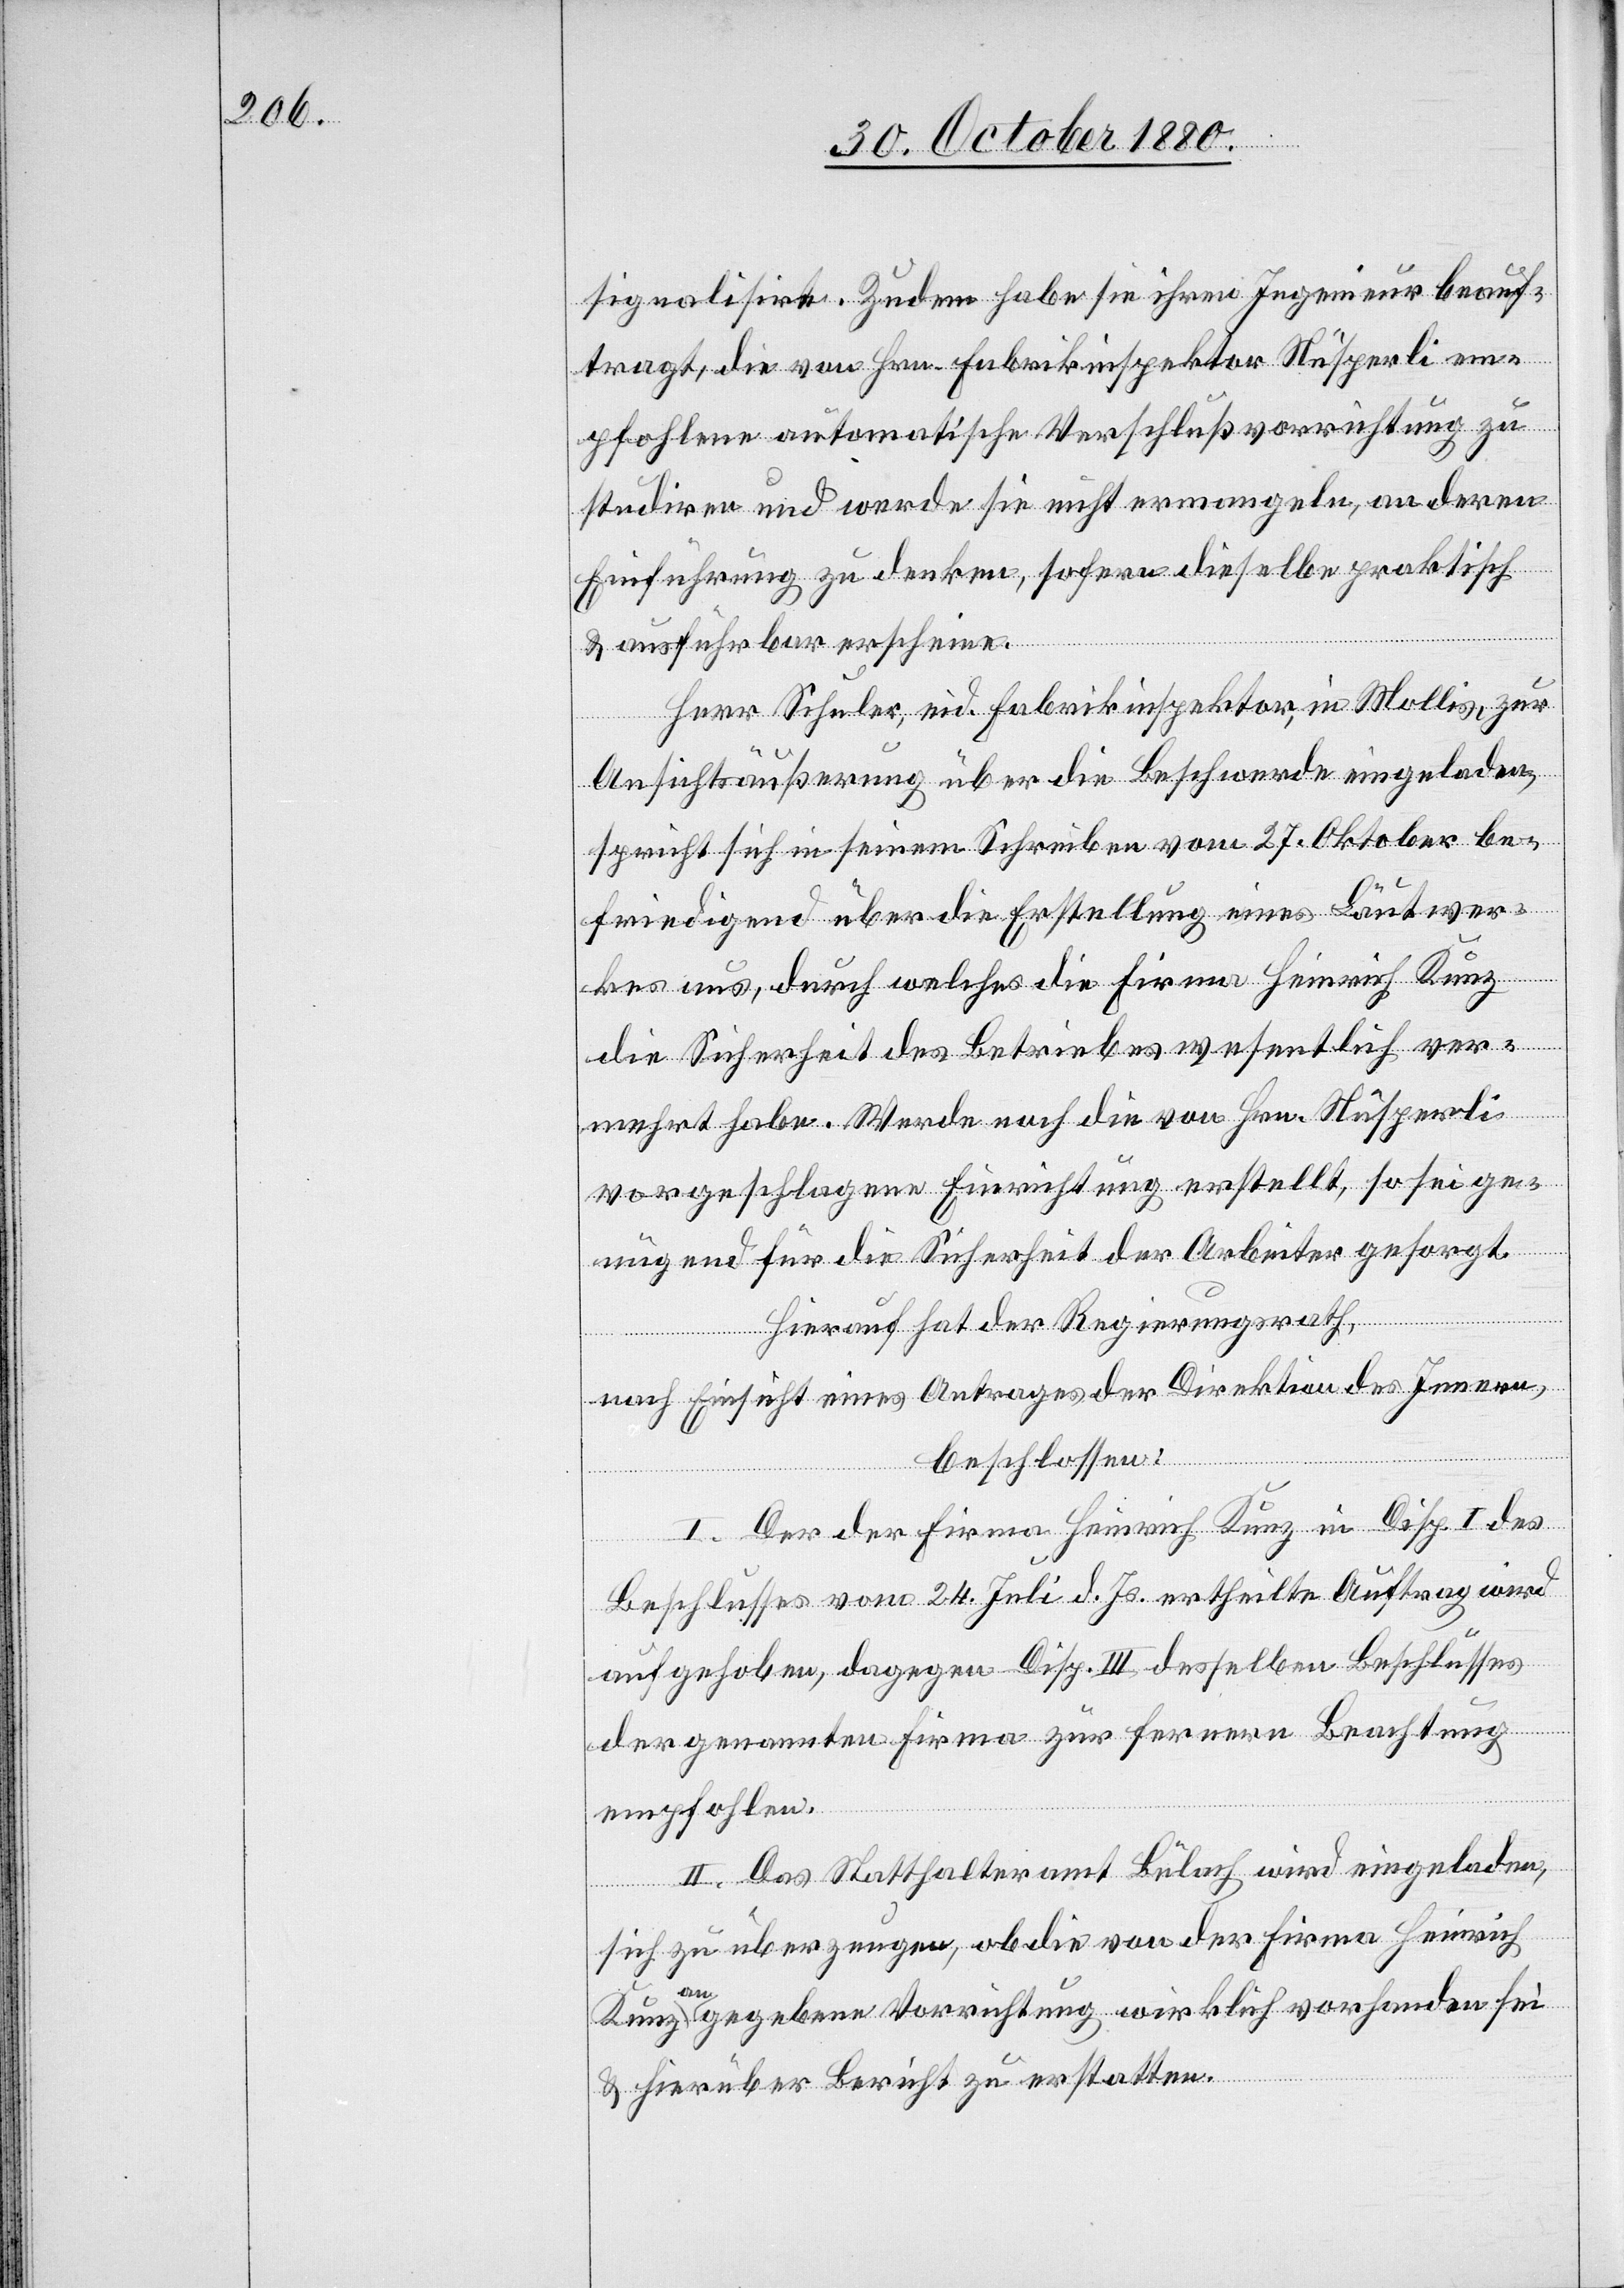
signalisirt. Zudem habe sie ihren Ingenieur beauf¬
tragt, die von Hrn. Fabrikinspektor Nüsperli em¬
pfohlene automatische Verschlußvorrichtung zu
studiren und werde sie nicht ermangeln, an deren
Einführung zu denken, sofern dieselbe praktisch
& ausführbar erscheine.
Herr Schuler, eid. Fabrikinspektor, in Mollis, zur
Ansichtsäußerung über die Beschwerde eingeladen,
spricht sich in seinem Schreiben vom 27. Oktober be¬
friedigend über die Erstellung eines Läutwer¬
kes aus, durch welches die Firma Heinrich Kunz
die Sicherheit des Betriebes wesentlich ver¬
mehrt habe. Werde noch die von Hrn. Nüsperli
vorgeschlagene Einrichtung erstellt, so sei ge¬
nügend für die Sicherheit der Arbeiter gesorgt.
Hierauf hat der Regierungsrath,
nach Einsicht eines Antrages der Direktion des Innern,
beschlossen:
I. Der der Firma Heinrich Kunz in Disp. I des
Beschlusses vom 24. Juli d. Js. ertheilte Auftrag wird
aufgehoben, dagegen Disp. III desselben Beschlusses
der genannten Firma zur fernern Beachtung
empfohlen.
II. Das Statthalteramt Bülach wird eingeladen,
sich zu überzeugen, ob die von der Firma Heinrich
Kunz angegebene Vorrichtung wirklich vorhanden sei
& hierüber Bericht zu erstatten.